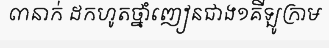
៣នាក់ ដកហូតថ្នាំញៀនជាង១គីឡូក្រាម